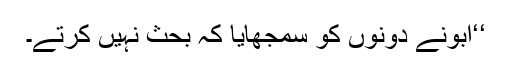
‘‘ابونے دونوں کو سمجھایا کہ بحث نہیں کرتے۔